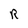
Character: R